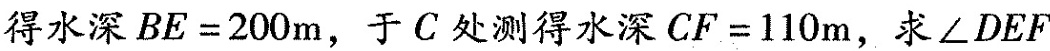
得水深$$B E = 2 0 0 m$$，于C处测得水深$$C F = 1 1 0 m$$，求\angle DEF